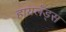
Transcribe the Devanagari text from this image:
हायलँड्स